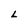
Character: L